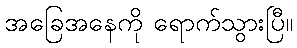
အခြေအနေကို ရောက်သွားပြီ။